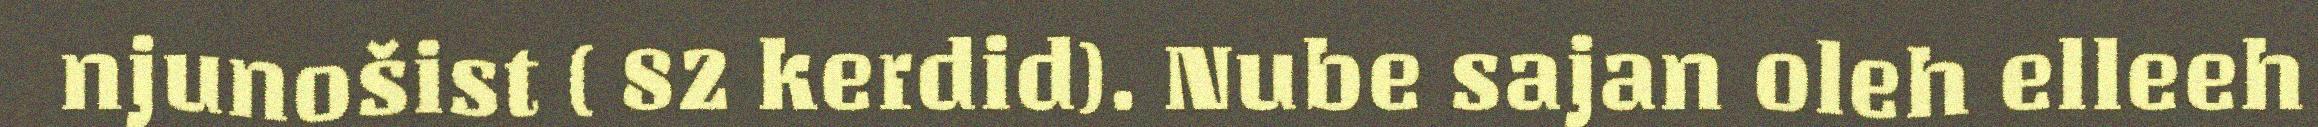
njunošist ( 82 kerdid). Nube sajan oleh elleeh